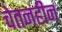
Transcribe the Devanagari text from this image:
चेतनहीन